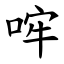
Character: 哰